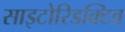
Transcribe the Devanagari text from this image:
साइटोरिडक्टिव